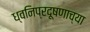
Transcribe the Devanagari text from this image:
ध्वनिप्रदूषणाच्या